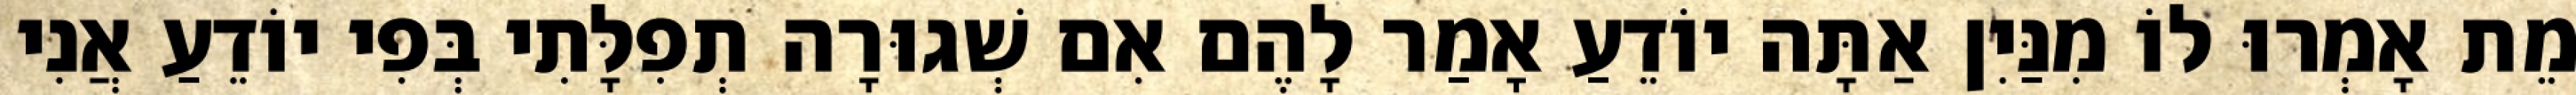
מֵת אָמְרוּ לוֹ מִנַּיִן אַתָּה יוֹדֵעַ אָמַר לָהֶם אִם שְׁגוּרָה תְפִלָּתִי בְּפִי יוֹדֵעַ אֲנִי